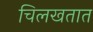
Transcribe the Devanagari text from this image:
चिलखतात